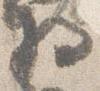
将